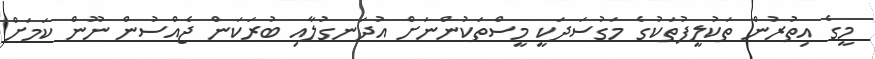
މީގެ އިތުރުން ތަކުލީފުތަކުގެ މަގުސަދަކީ މީސްތަކުންނަށް އުދަނގުލާއި ބުރަކަން ޖެއްސުން ނޫން ކަމަށް